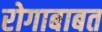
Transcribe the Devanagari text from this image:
रोगाबाबत